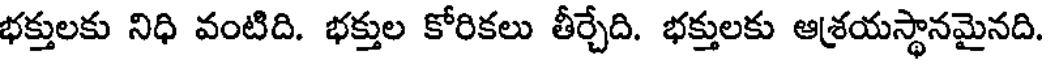
భక్తులకు నిధి వంటిది. భక్తుల కోరికలు తీర్చేది. భక్తులకు ఆశ్రయస్థానమైనది.